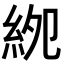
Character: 𥿎